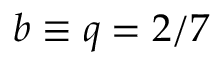
b \equiv q = 2 / 7